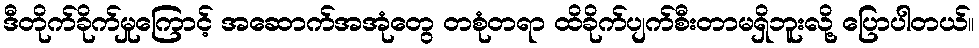
ဒီတိုက်ခိုက်မှုကြောင့် အဆောက်အအုံတွေ တစုံတရာ ထိခိုက်ပျက်စီးတာမရှိဘူးလို့ ပြောပါတယ်။